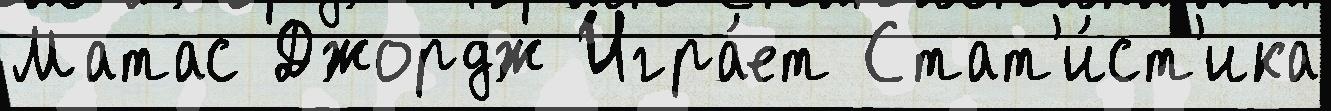
Матас Джордж Игра́ет Стат'и́ст'ика